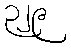
၃၂၉